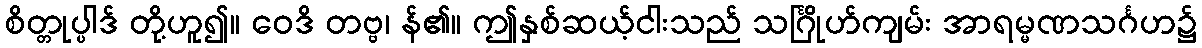
စိတ္တုပ္ပါဒ် တို့ဟူ၍။ ဝေဒိ တဗ္ဗ၊ န်၏။ ဤနှစ်ဆယ့်ငါးသည် သင်္ဂြိုဟ်ကျမ်း အာရမ္မဏသင်္ဂဟ၌